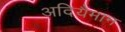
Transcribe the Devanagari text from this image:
अदियैमान